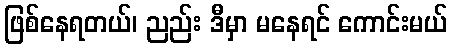
ဖြစ်နေရတယ်၊ ညည်း ဒီမှာ မနေရင် ကောင်းမယ်